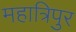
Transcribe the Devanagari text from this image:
महात्रिपुर